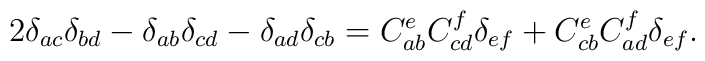
2\delta _{ac}\delta _{bd}-\delta _{ab}\delta _{cd}-\delta _{ad}\delta_{cb}=C_{ab}^eC_{cd}^f\delta _{ef}+C_{cb}^eC_{ad}^f\delta _{ef}.